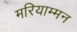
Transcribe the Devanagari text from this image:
मरियाम्मन